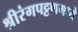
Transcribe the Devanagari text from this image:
श्रीरंगपट्टणमध्ये